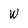
Character: W